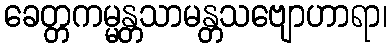
ခေတ္တကမ္မန္တသာမန္တသဗျောဟာရာ၊